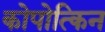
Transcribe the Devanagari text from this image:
कोपोत्किन